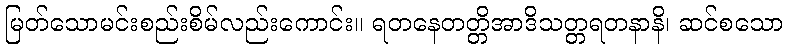
မြတ်သောမင်းစည်းစိမ်လည်းကောင်း။ ရတနေတတ္တိအာဒိသတ္တရတနာနိ၊ ဆင်စသော